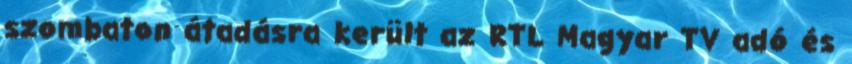
szombaton átadásra került az RTL Magyar TV adó és